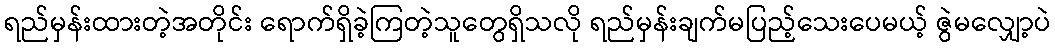
ရည်မှန်းထားတဲ့အတိုင်း ရောက်ရှိခဲ့ကြတဲ့သူတွေရှိသလို ရည်မှန်းချက်မပြည့်သေးပေမယ့် ဇွဲမလျှော့ပဲ